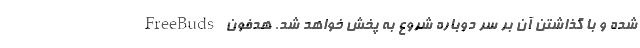
شده و با گذاشتن آن بر سر دوباره شروع به پخش خواهد شد. هدفون FreeBuds